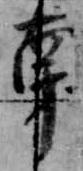
南